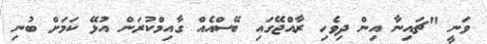
ވަނީ "ޗައިނާ އިން ދިވެހި ރާއްޖޭގައި ބޭސްއެއް ގާއިމްކުރަން އުޅޭ ކަމަށް ބުނި